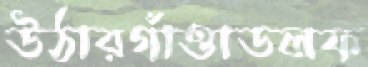
উঠারগাঁত্তাডলফ